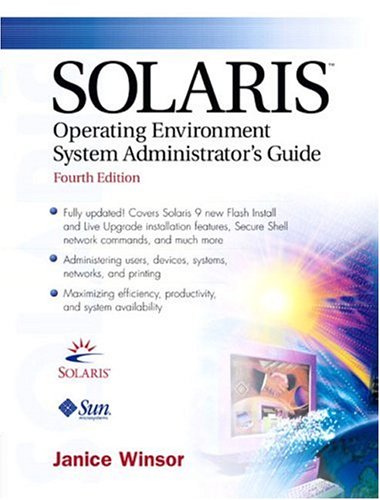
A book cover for Solaris Operating Environment Administrator's Guide (4th Edition); Janice Winsor; Computers & Technology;